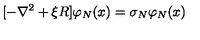
[ - \nabla ^ { 2 } + \xi R ] \varphi _ { N } ( x ) = \sigma _ { N } \varphi _ { N } ( x )